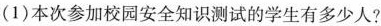
(1)本次参加校园安全知识测试的学生有多少人?